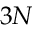
3 N